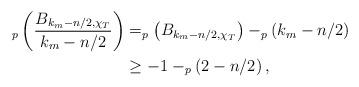
LaTeX: \begin{align*}_p\left( \frac{B_{k_m-n/2,\chi_T}}{k_m-n/2}\right) & =_p\left(B_{k_m-n/2,\chi_T}\right) -_p\left(k_m-n/2\right)\\ & \geq -1-_p\left(2-n/2\right),\end{align*}